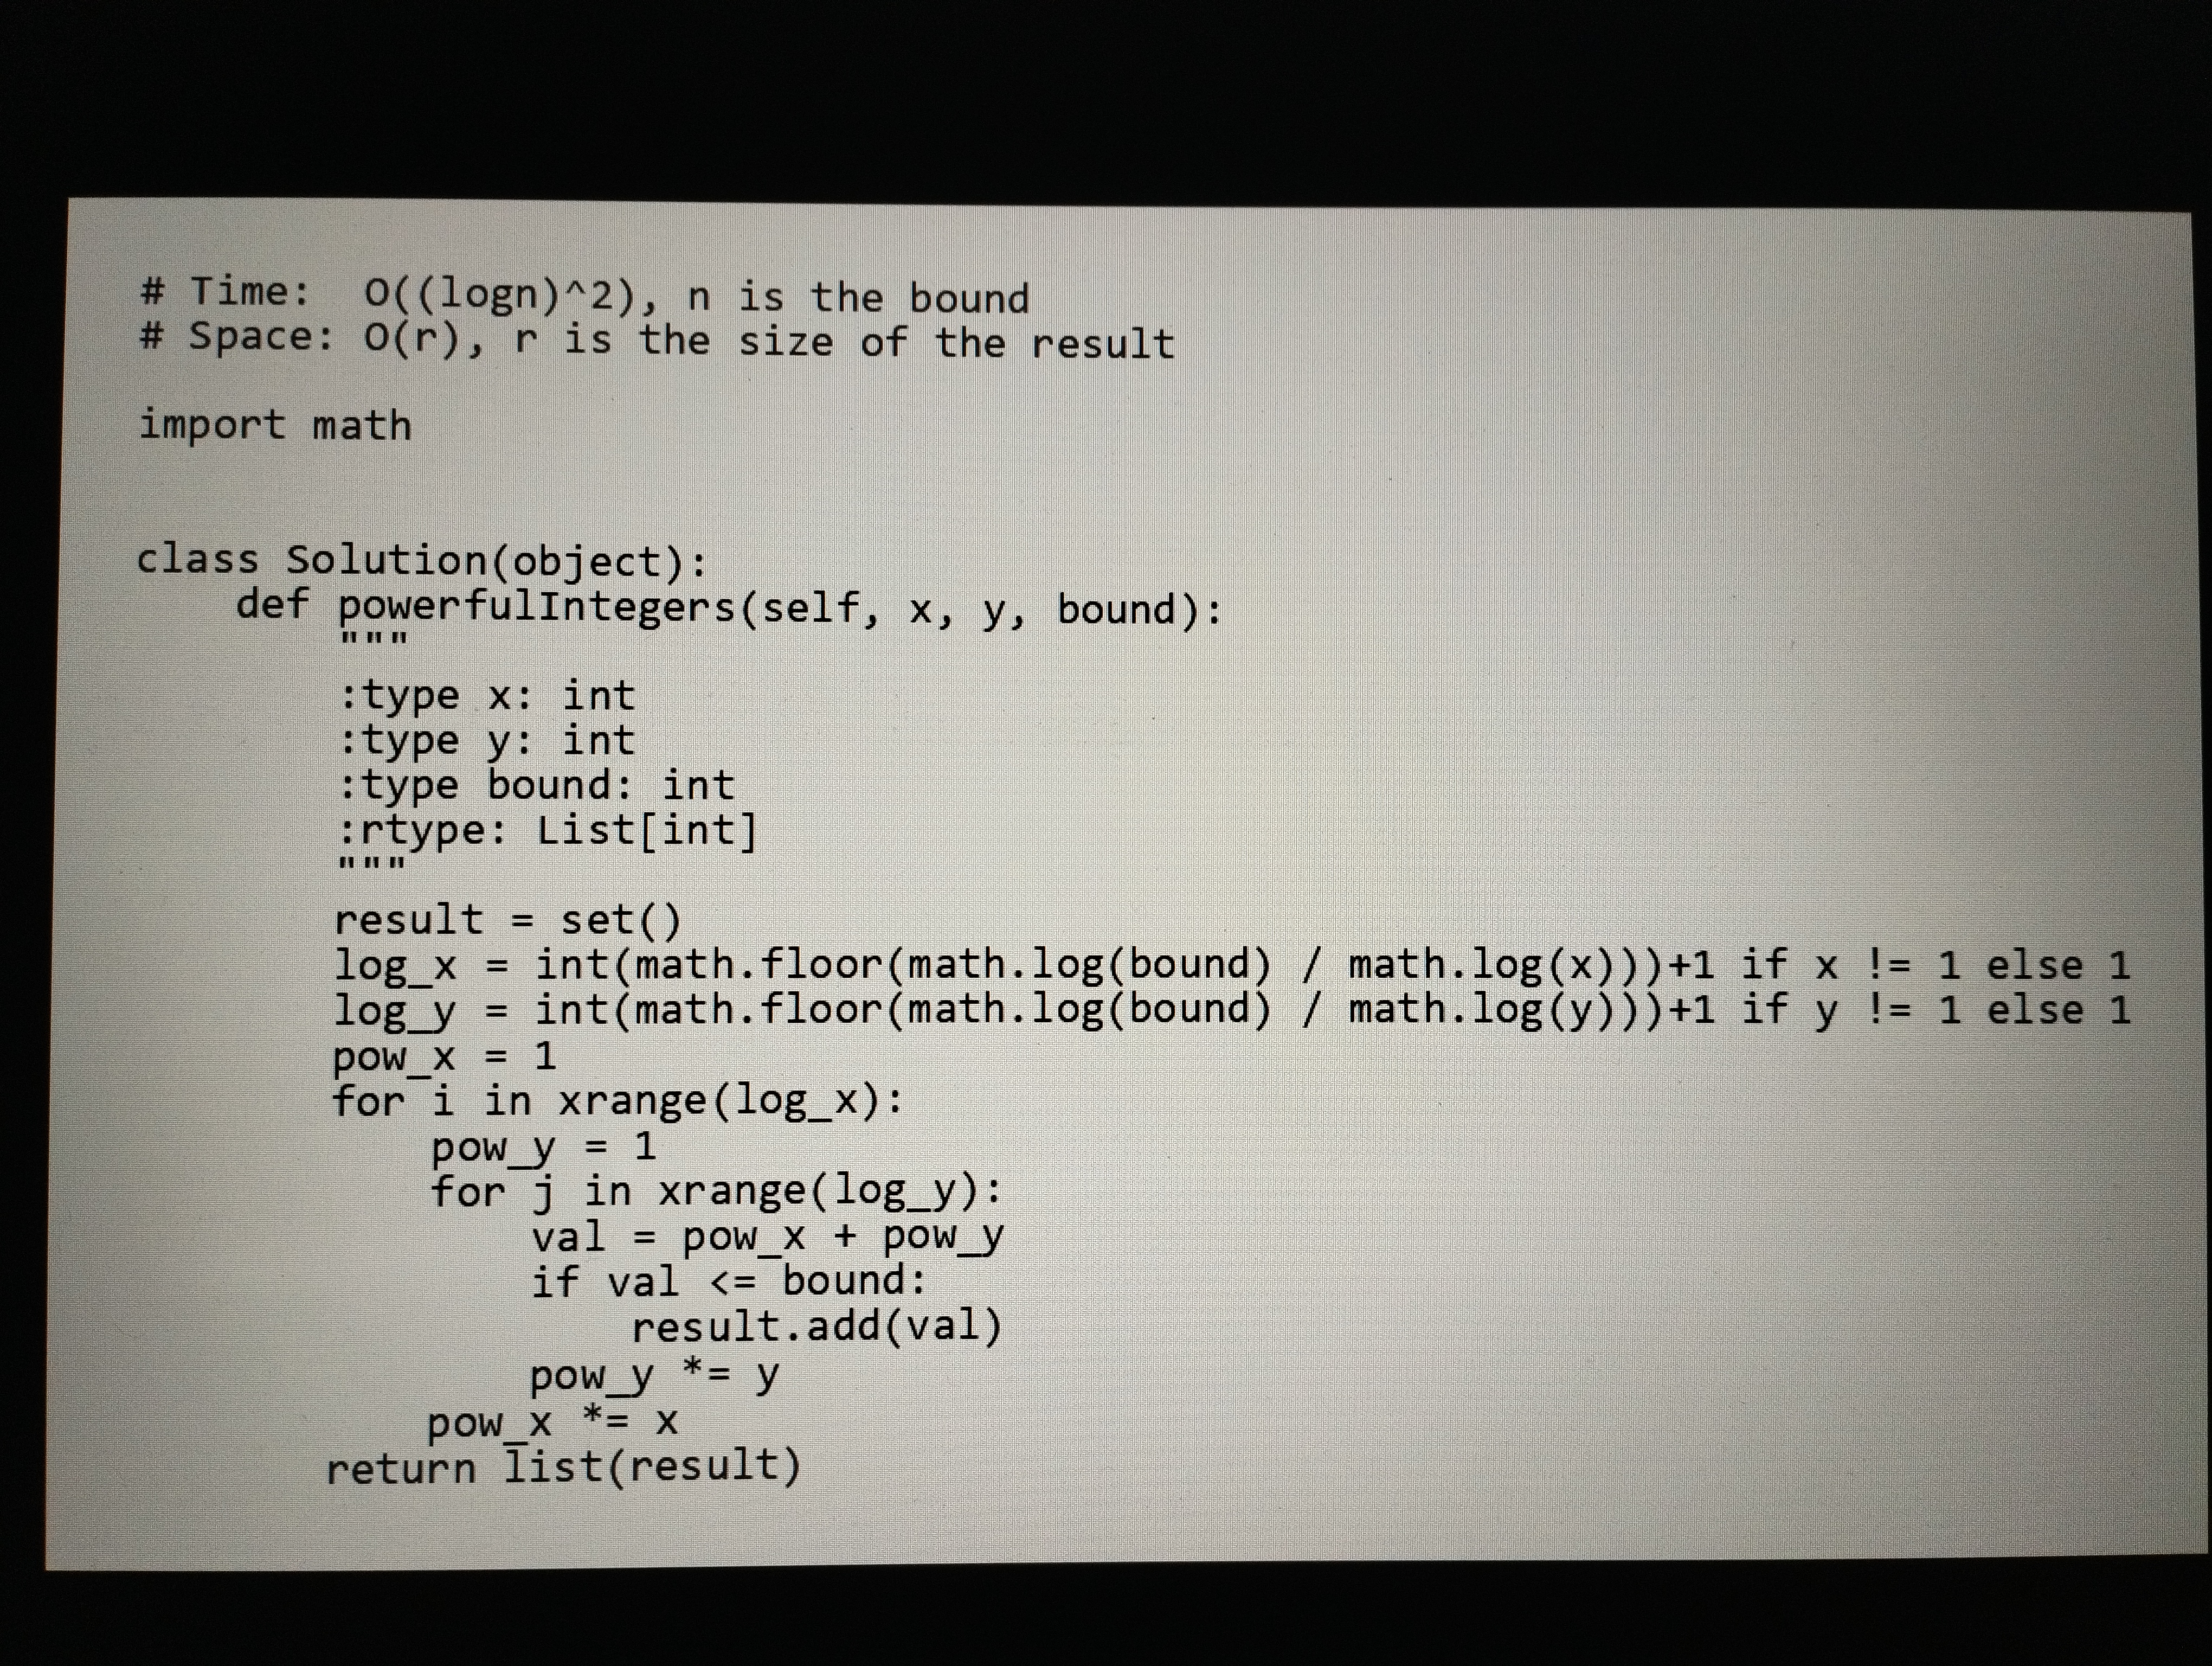
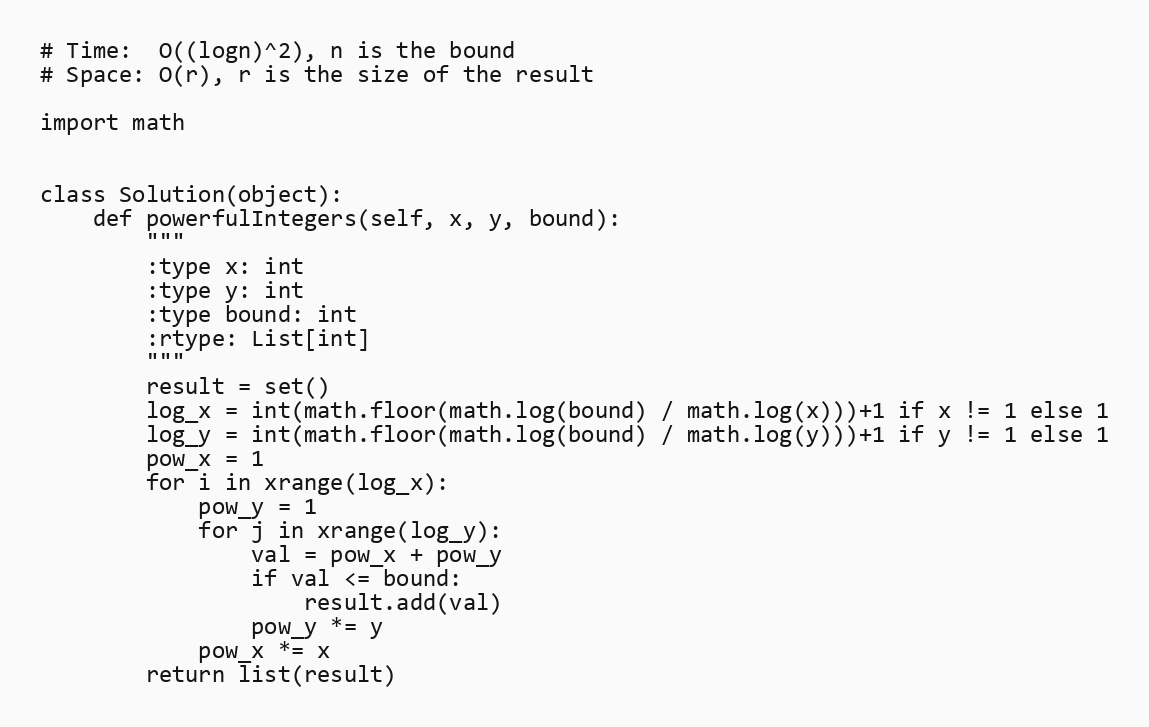
# Time:  O((logn)^2), n is the bound
# Space: O(r), r is the size of the result

import math

class Solution(object):
    def powerfulIntegers(self, x, y, bound):
        """
        :type x: int
        :type y: int
        :type bound: int
        :rtype: List[int]
        """
        result = set()
        log_x = int(math.floor(math.log(bound) / math.log(x)))+1 if x != 1 else 1
        log_y = int(math.floor(math.log(bound) / math.log(y)))+1 if y != 1 else 1
        pow_x = 1
        for i in xrange(log_x):
            pow_y = 1
            for j in xrange(log_y):
                val = pow_x + pow_y
                if val <= bound:
                    result.add(val)
                pow_y *= y
            pow_x *= x
        return list(result)